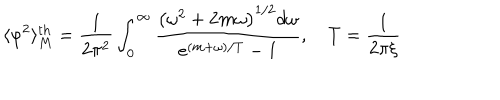
\langle \varphi ^ { 2 } \rangle _ { M } ^ { \mathrm { t h } } = \frac { 1 } { 2 \pi ^ { 2 } } \int _ { 0 } ^ { \infty } \frac { \left( \omega ^ { 2 } + 2 m \omega \right) ^ { 1 / 2 } d \omega } { e ^ { ( m + \omega ) / T } - 1 } , \quad T = \frac { 1 } { 2 \pi \xi }